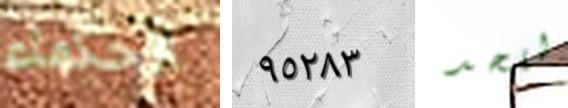
الحكماء ٩٥٢٨٣ للحد